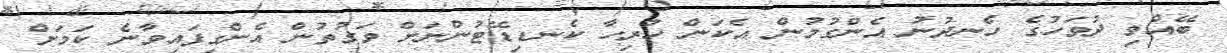
ބޭއްވި ދުވަހުގެ ހެނދުނު އެންގުމުން އެކަން ހުރިހާ ކެނޑިޑޭޓުންނަށް ވަގުތުން އެންގިފައިވާނެ ކަމަށް